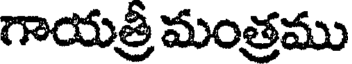
గాయత్రీ మంత్రము